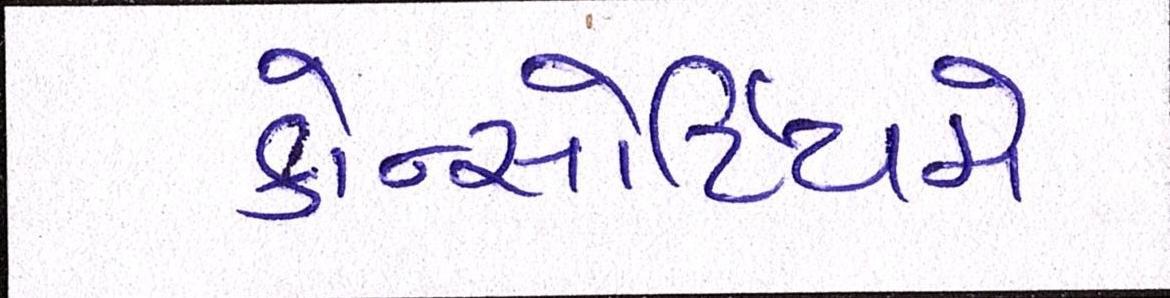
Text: કોન્સોર્ટિયમે